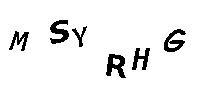
MSYRHG